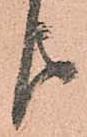
よ